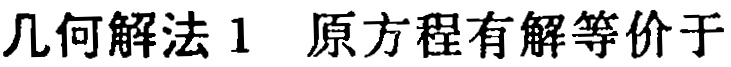
几何解法1 原方程有解等价于